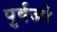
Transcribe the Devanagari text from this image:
पुर्वजो